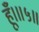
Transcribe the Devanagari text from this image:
हूँ।॥५॥